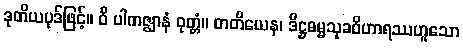
ဒုတိယပုဒ်ဖြင့်။ ဝိ ပါကဇ္ဈာနံ ဝုတ္တံ။ တတိယေန၊ ဒိဋ္ဌဓမ္မသုခဝိဟာရဿဟူသော